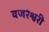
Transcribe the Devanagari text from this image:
वजरेश्वरी